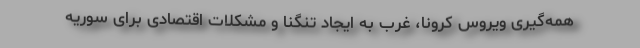
همه‌گیری ویروس کرونا، غرب به ایجاد تنگنا و مشکلات اقتصادی برای سوریه